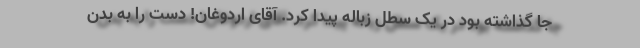
جا گذاشته بود در یک سطل زباله پیدا کرد. آقای اردوغان! دست را به بدن‌